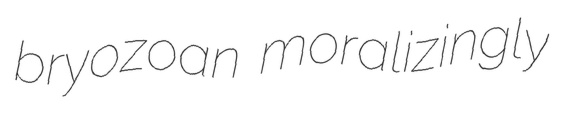
bryozoan moralizingly